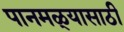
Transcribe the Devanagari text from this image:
पानमळ्यासाठी